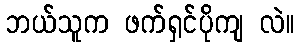
ဘယ်သူက ဖက်ရှင်ပိုကျ လဲ။